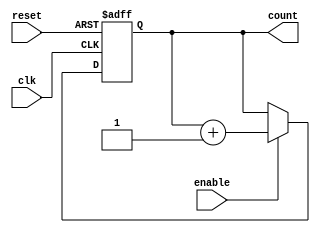
module up_counter (
    input wire clk,      // Clock input
    input wire enable,   // Enable signal
    input wire reset,    // Asynchronous reset signal
    output reg [N-1:0] count // Counter output (N-bit wide)
);

parameter N = 4; // Parameter for the width of the counter (4 bits for example)

// Asynchronous reset and counting logic
always @(posedge clk or posedge reset) begin
    if (reset) begin
        count <= 0; // Reset the counter to 0
    end else if (enable) begin
        count <= count + 1; // Increment the counter
    end
end

endmodule